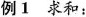
例1求和: